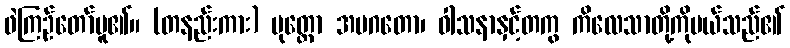
ဖဲကြဉ်တော်မူ၏။ (တနည်းကား) မုတ္တော အပဂတော၊ ဝါသနာနှင့်တကွ ကိလေသာတို့ကိုပယ်သည်၏